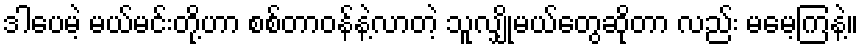
ဒါပေမဲ့ မယ်မင်းတို့ဟာ စစ်တာဝန်နဲ့လာတဲ့ သူလျှိုမယ်တွေဆိုတာ လည်း မမေ့ကြနဲ့။